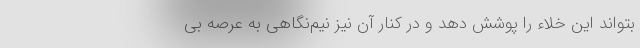
بتواند این خلاء را پوشش دهد و در کنار آن نیز نیم‌نگاهی به عرصه بی